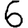
Digit: 6